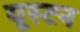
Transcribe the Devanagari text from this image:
यूस्टन